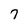
Character: 7